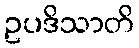
ဥပဒိသာတိ